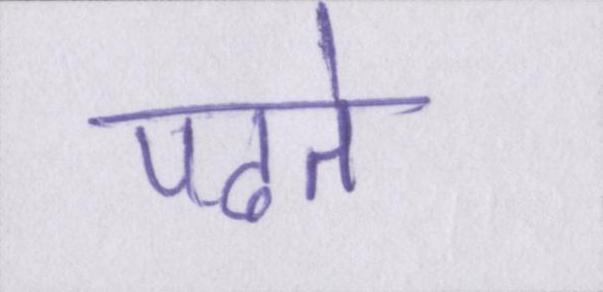
पढते